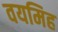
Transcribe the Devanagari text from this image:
वयमिह